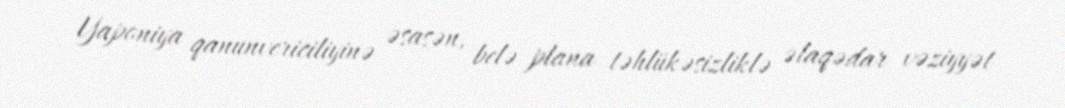
Yaponiya qanunvericiliyinə əsasən, belə plana təhlükəsizliklə əlaqədar vəziyyət